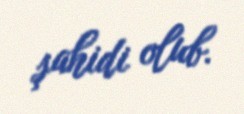
şahidi olub.